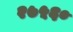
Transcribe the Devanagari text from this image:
२७५६०